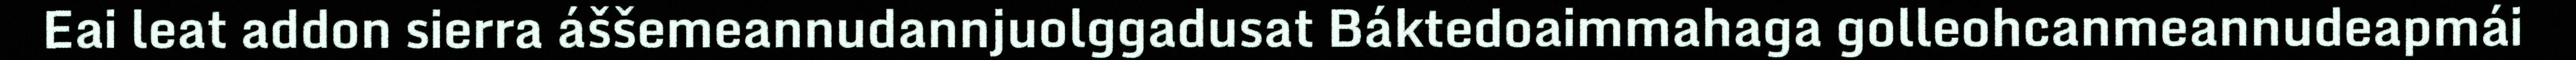
Eai leat addon sierra áššemeannudannjuolggadusat Báktedoaimmahaga golleohcanmeannudeapmái